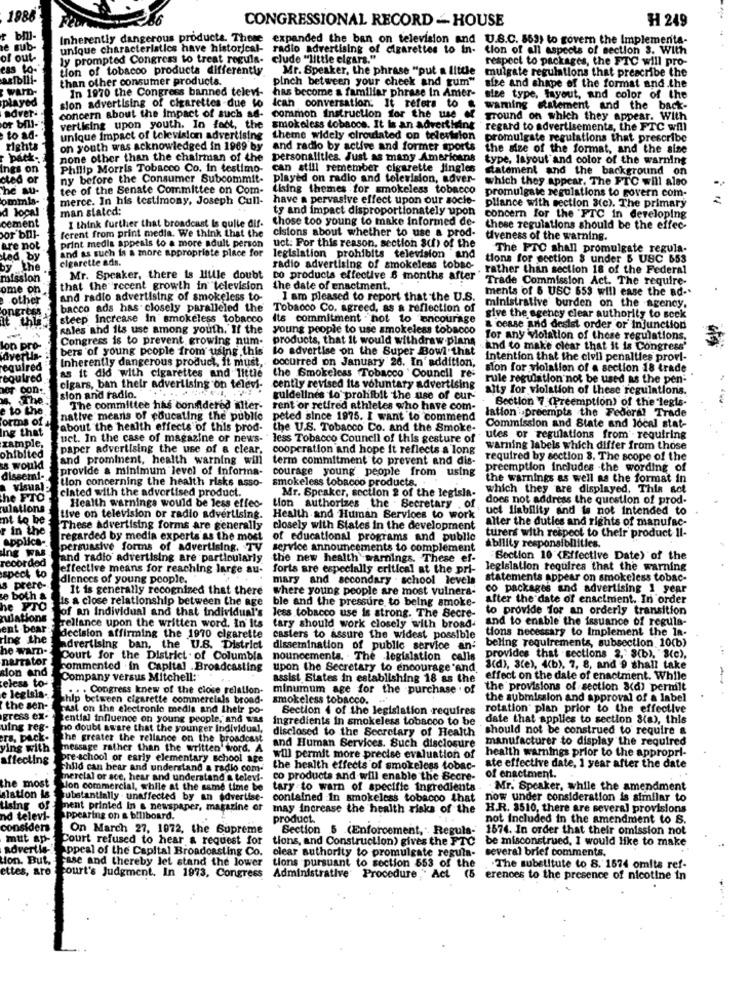
1988
CONGRESSIONAL RECORD - HOUSE
H 249
Inherently dangerous products. These expanded the ban on television and U.S.C. 563) to govern the Implementa-
e sub-
unique characteristics have historical-
radio advertising of cigarettes to in-
tion of all aspects of section 3. With
of out-
ly prompted Congress to treat regula- clude "little elgars."
respect to packages, the FTC will pro-
cas to-
tion of tobacco products differently
Mr. Speaker, the phrase "put a little
mulgate regulations that prescribe the
asibili-
than other consumer products.
pinch between your cheek and rum"
size and shape of the format and.the
VAID-
In 1970 the Congress banned televi-
has become a familiar phrase In Amer-
layed
sion advertising of cigarettes due to
size type, layout, and color of the
adver-
Ican conversation: It refers to
waming statement and the back-
or bill-
concern about the impact of such as- common Instruction for the use of
ground on which they appear. With
vertising upon youth. In fact, the smokeless tobaccs. It is an advertising
regard to advertisements, the FTC will
to ad-
unique impact of television advertising
theme widely clroutated on television
promulgate regulations that prescribe
Fights
on youth was acknowledged in 1969 by
and radio by active and former sports
the size of the format, and the size
none other than the chairman of the
personalities. Just as many Americans
type, layout and color of the warning
nes on
Philip Morris Tobacco Co. In testimo-
can still remember cigarette jingles
statement and the background on
cted or
ny before the Consumer Subcommit-
played on radio and television, adver-
which they appear. The FTC will also
tee of the Senate Committee on Com-
tising themes for smokeless tobacco
promulgate regulations to govern com-
ommls-
merce. In his testimony, Joseph Cull-
have a pervasive effect upon our socie-
pliance with section 3(c). The primary
d local
man stated:
ty and impact disproportionately upon
I think further that broadcast is qulle dif-
those too young to make informed de-
concern for the "FTC in developing
cement
ferent from print media. We think that the
cisions about whether to use a prod-
those regulations should be the effec-
or bDI-
tiveness of the warning.
are not
print medis appeals to a more adult person
and as such is a more appropriate place for
uct: For this reason, section 8(h) of the
The PTC shall promulgate regula-
ted by
cigarette ads.
legislation prohibits television and
tions for section $ under 5 USC 653
by the .
radio advertising of smokeless tobac .rather than section 18 of the Federal
mission
Mr. Speaker, there is Hule doubt
co products effective 6 months after
Trade Commission Act. The require-
ome on
that the recent growth in television
the date of enactment.
ments of 6 USC 653 will ease the ad-
other
and radio advertising of smokeless to-
I am pleased to report that the U.S.
bacco ads has closely paralleled the
Tobacco Co. agreed, as a reflection of
ministrative burden on the agency.
it this
steep Increase in smokeless tobacco
Its commitment . hot to encourage
give the agency clear authority to seek
sales and its use among youth. If the
young people to use smokeless tobacco
& cease and desist order or' injunction
Congress is to prevent growing num-
products, that It would withdraw plans
for any violation of these regulations.
Jon pro
bers of young people from using this
to advertise on the Super Bowl that
and to make clear that it is Congress'
ertia-
Intention that the civil penalties provi-
ulred
Inherently dangerous product, it must, occurred on January 26. In' addition,
sion for violation of a section 18 trade
red
as it did with cigarettes and little
the Smokeless Tobacco Council res
rule regulation not be used as the pen-
con.
cigars, ban their advertising on televi-
cently revised its voluntary advertising
alty for violation of these regulations.
The
sion and radio.
guidelines to prohibit the use of our-
. Section 7 (Preemption) of the legls-
to the
The committee has conidered alter- rent or retired athletes who have com-
lation .preempta the Federal Trade
orms of
native means of educating the public
peted since 1975. I want to commend
ng that
about the health effects of this prod-
the U.S. Tobacco Co. and the Smoke-
Commission and State and local stat-
zample,
uct. In the case of magazine or news-
less Tobacco Council of this gesture of
utes or regulations from requiring
paper advertising the use of a clear,
cooperation and hope it reflects a long
warning labels which differ from those
ohibited
and prominent, health warning will
term commitment to prevent and dis-
required by section 8, The scope of the
would
provide a minimum level of Informa-
courage young people from using
preemption Includes -the wording of
dissemi-
tion concerning the health risks asso-
the warnings as well as the format in
visual
ciated with the advertised product.
smokeless tobacco products. .
Mr. Speaker, section 2 of the legisla-
which they are displayed. This sot
the FTO
does not address the question of prod-
ations
Health warnings would be less effeo-
tion authorizes the Secretary , of
uct liability and is not intended to
nt to be
Live on television or radio advertising. Health and Human Services to work
alter the duties and rights of manufac-
r in the
These advertising forms are generally closely with States in the development
turers with respect to their' product Il-
regarded by media experts as the most
of educational programs and public
applica -.
Ing WMA
persuasive forms of advertising. TV service announcements to complement
ability responsibilities.
recorded
Fand radio advertising are particularly
the new health warnings. These ef-
-Section 10 (Effective Date) of the
effective means for reaching large au-
forts are especially critical at the pri-
legislation requires that the warning
speck to
diences of young people.
mary and secondary . school levels
statements appear on smokeless tobac-
s prere-
It is generally recognized that there
where young people are most vulnera-
co packages and advertising 1 year
we both &
is a close relationship between the age ble and the pressure to being smoke-
after the date of enactment. In order
he YTO
to provide for an orderly transition
mulations
of an Individual and that individual's less tobacco use is strong. The Secre-
and to enable the issuance of regula-
ent bear:
reliance upon the written word. In Its
tary should work closely with broad-
tions necessary to Implement the In-
ring the
decision affirming the 1970 cigarette
casters to assure the widest possible
beling requirements, subsection 10(b)
he wamD.
advertising ban, the U.S. District
dissemination of public service an-
narrator
Court for the District . of Columbia
nouncements. . The legislation calls
provides that sections 2,' 8(b), "8(c),
sion and
commented . in Capital Broadcasting
upon the Secretary to encourage and
3(d), 3(e), 4(b), 7, 8, and 9 shall take
Company versus Mitchell:
assist States in establishing 18 as the
effect on the date of enactment. While
eless to-
... Congress knew of the close relation-
minumum age for the purchase . of
the provisions of section 8(d) permilt
e legisla ..
ship between cigarette commercials broad-
smokeless tobacco.
the submission and approval of a label
the sen-
asi on the electronic media and their po-
Section 4 of the legislation requires
rotation' plan prior to the effective
gress ex-
dential influence on young people, and was ingredients in smokeless tobacco to be
date that applies to section 8(a), this
uing reg-
no doubt aware that the younger Individual,
disclosed to the Secretary of Health
should not be construed to require a
ers, pack.
the greater the rellance on the broadcast
manufacturer to display the required
ying with
message rather than the written' word. A
and Human Services. Such disclosure
health warnings prior to the appropri-
affecting
re-school or early elementary school age
will permit more precise evaluation of
child can hear and understand a radio com-
the health effects of smokeless tobac-
ate effective date, 1 year after the date
the most
hercial or sce, hear and understand a te
co products and will enable the Secre-
of enactment.
Jon commercial, while at the same time be tary to warn of specific ingredients
- Mr. Speaker, while the amendment
alation
Substantially . unaffected by an Advertise-
contained In smokeless tobacco that
now under consideration is similar to
Lising of
ment printed In a newspaper, magarine or
may increase the health risks of the
H.R. 3510, there are several provisions
nd televi-
Appearing on & billboard.
product.
not Included in the amendment to S.
considers
On March 27, 1072, the Supreme
Section 5 (Enforcement, Regula- 1674. In order that their
1674. In order that their omission not
mut ap-
Court refused to hear & request for
tions, and Construction) gives the FTC
be misconstrued, I would like to make
advertle-
Appeal of the Capital Broadcasting Co.
clear authority to promulgate regula- several brief comments.
ion. But.
case and thereby let stand the lower
ettes, are
tions pursuant to section 653 of the
.The substitute to 8. 1574 omits ref-
court's Judgment. In 1973, Congress
Administrative Procedure . Act (5
erences to the presence of nicotine in